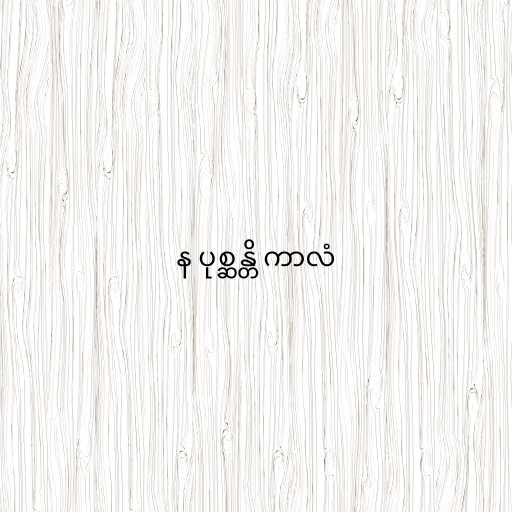
န ပုစ္ဆန္တိ ကာလံ